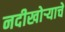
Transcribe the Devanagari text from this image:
नदीखोऱ्याचे